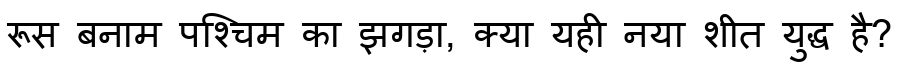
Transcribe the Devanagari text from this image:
रूस बनाम पश्चिम का झगड़ा, क्या यही नया शीत युद्ध है?